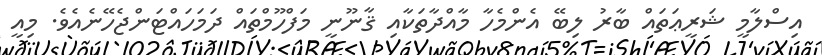
އިސްލާމީ ޝަރީޢަތައް ބާރު ލިބޭ އެންމެހާ މާއްދާތަކާއި ޤާނޫނީ މަފްހޫމްތައް ދަމަހައްޓަންޖެހޭނެއެވެ. މިއީ